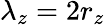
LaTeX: \lambda_{z}=2r_{z}